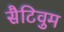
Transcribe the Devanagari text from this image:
सैटिवुम